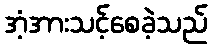
အံ့အားသင့်စေခဲ့သည်